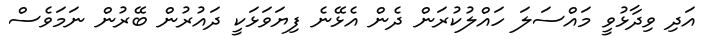
އަދި ވިދާޅުވީ މައްސަލަ ހައްލުކުރަން ދެން އެޅޭނެ ފިޔަވަޅަކީ ދައުރުން ބޭރުން ނަމަވެސް